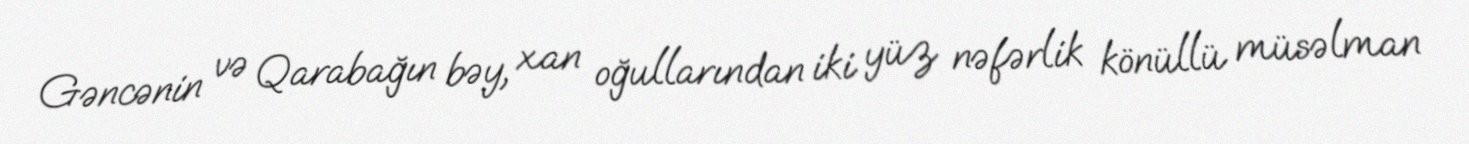
Gəncənin və Qarabağın bəy, xan oğullarından iki yüz nəfərlik könüllü müsəlman